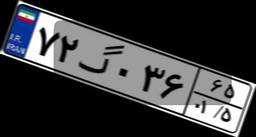
۷۲گ۰۳۶۶۵